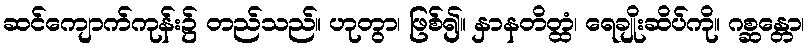
ဆင်ကျောက်ကုန်း၌ တည်သည်။ ဟုတွာ၊ ဖြစ်၍။ နှာနတိတ္ထံ၊ ရေချိုးဆိပ်ကို။ ဂစ္ဆန္တော၊